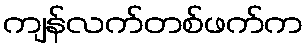
ကျန်လက်တစ်ဖက်က